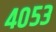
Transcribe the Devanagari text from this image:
४०५३